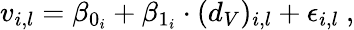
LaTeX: v_{i,l}=\beta_{0_{i}}+\beta_{1_{i}}\cdot(d_{V})_{i,l}+\epsilon_{i,l}\ ,